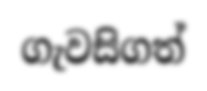
ගැවසිගත්